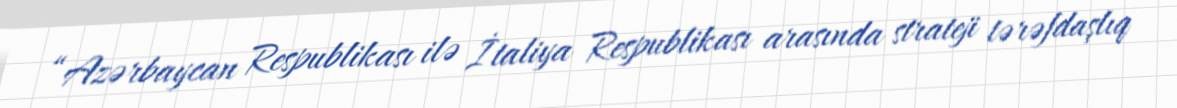
“Azərbaycan Respublikası ilə İtaliya Respublikası arasında strateji tərəfdaşlıq